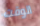
الوقت